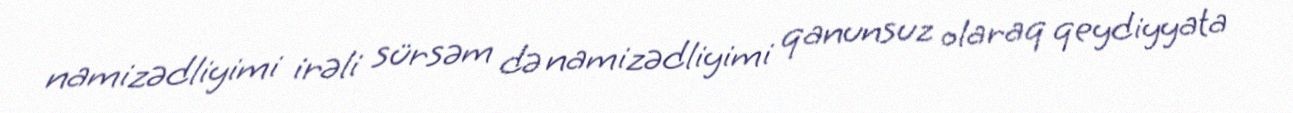
namizədliyimi irəli sürsəm də namizədliyimi qanunsuz olaraq qeydiyyata